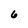
Character: 6